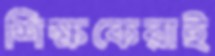
শিক্ষকেরাই